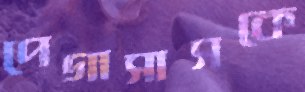
পেগাসাসকে